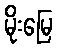
မိုးမြေ